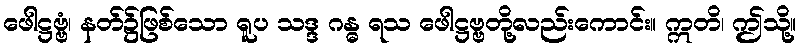
ဖေါဋ္ဌဗ္ဗံ၊ နတ်၌ဖြစ်သော ရူပ သဒ္ဒ ဂန္ဓ ရသ ဖေါဋ္ဌဗ္ဗတို့လည်းကောင်း။ ဣတိ၊ ဤသို့။